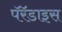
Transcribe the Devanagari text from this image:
पॅरॅडाइस